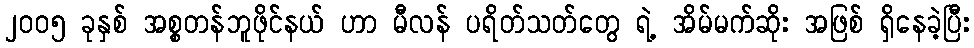
၂၀၀၅ ခုနှစ် အစ္စတန်ဘူဖိုင်နယ် ဟာ မီလန် ပရိတ်သတ်တွေ ရဲ့ အိမ်မက်ဆိုး အဖြစ် ရှိနေခဲ့ပြီး